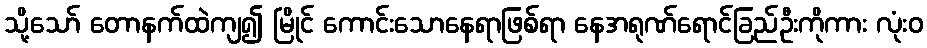
သို့သော် တောနက်ထဲကျ၍ မြိုင် ကောင်းသောနေရာဖြစ်ရာ နေအရုဏ်ရောင်ခြည်ဦးကိုကား လုံးဝ